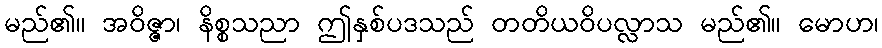
မည်၏။ အဝိဇ္ဇာ၊ နိစ္စသညာ ဤနှစ်ပဒသည် တတိယဝိပလ္လာသ မည်၏။ မောဟ၊